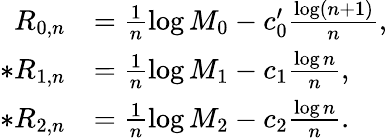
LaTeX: \begin{array}{rl}{R_{0,n}}&{=\frac{1}{n}\log M_{0}-c_{0}^{\prime}\frac{\log(n+1)}{n},}\\ {*R_{1,n}}&{=\frac{1}{n}\log M_{1}-c_{1}\frac{\log n}{n},}\\ {*R_{2,n}}&{=\frac{1}{n}\log M_{2}-c_{2}\frac{\log n}{n}.}\end{array}